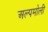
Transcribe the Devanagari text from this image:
अल्पमोली